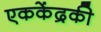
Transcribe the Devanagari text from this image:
एककेंद्रकी